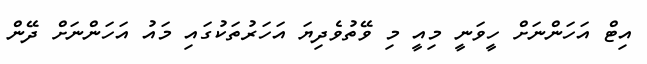
އިޓް އަހަންނަށް ހީވަނީ މިއީ މި ވޭތުވެދިޔަ އަހަރުތަކުގައި މައު އަހަންނަށް ދޭން